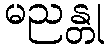
မညန္တု